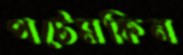
পটেমকিন